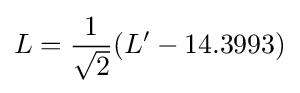
L={\frac {1}{\sqrt {2}}}(L'-14.3993)